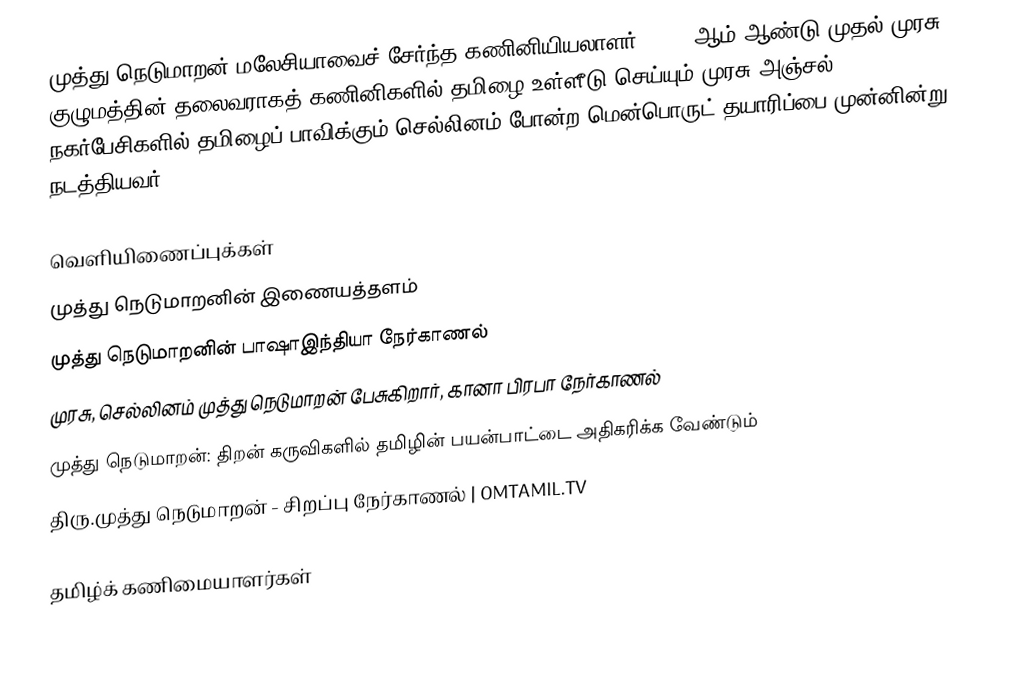
முத்து நெடுமாறன் மலேசியாவைச் சேர்ந்த கணினியியலாளர். 2001 ஆம் ஆண்டு முதல் முரசு குழுமத்தின் தலைவராகத் கணினிகளில் தமிழை உள்ளீடு செய்யும் முரசு அஞ்சல், நகர்பேசிகளில் தமிழைப் பாவிக்கும் செல்லினம் போன்ற மென்பொருட் தயாரிப்பை முன்னின்று நடத்தியவர்.

வெளியிணைப்புக்கள்
 முத்து நெடுமாறனின் இணையத்தளம்
 முத்து நெடுமாறனின் பாஷாஇந்தியா நேர்காணல்
 முரசு, செல்லினம் முத்து நெடுமாறன் பேசுகிறார், கானா பிரபா நேர்காணல்
 முத்து நெடுமாறன்: திறன் கருவிகளில் தமிழின் பயன்பாட்டை அதிகரிக்க வேண்டும்
 திரு.முத்து நெடுமாறன் - சிறப்பு நேர்காணல் | OMTAMIL.TV

தமிழ்க் கணிமையாளர்கள்